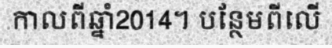
កាលពីឆ្នាំ2014។ បន្ថែមពីលើ